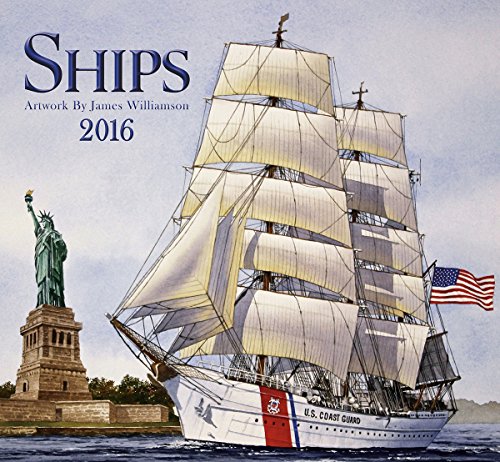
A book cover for Ships 2016 Wall Calendar; James Williamson; Calendars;